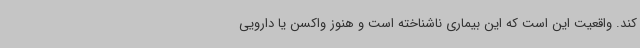
کند. واقعیت این است که این بیماری ناشناخته است و هنوز واکسن یا دارویی